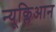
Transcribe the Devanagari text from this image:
न्यूक्लिआन